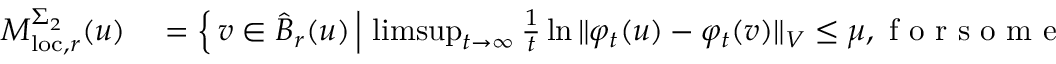
\begin{array} { r l } { M _ { \mathrm { l o c } , r } ^ { \Sigma _ { 2 } } ( u ) } & { { } = \left\{ \, v \in \widehat { B } _ { r } ( u ) \, \Big \vert \, \operatorname* { l i m s u p } _ { t \to \infty } \frac { 1 } { t } \ln { \Vert \varphi _ { t } ( u ) - \varphi _ { t } ( v ) \Vert _ { V } } \leq \mu , \mathrm { ~ f ~ o ~ r ~ s ~ o ~ m ~ e ~ } \mu \in [ \mu _ { 2 } , \mu _ { 1 } ) \, \right\} } \end{array}